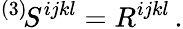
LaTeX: {}^{(3)}\! S^{ijkl}=R^{ijkl}\, .